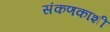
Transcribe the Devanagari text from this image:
संकणकाशी